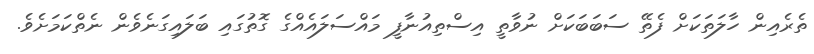
ތެރެއިން ހާލަތަކަށް ފެތޭ ސަބަބަކަށް ނުވާތީ އިސްތިއުނާފީ މައްސަލައެއްގެ ގޮތުގައި ބަލައިގަނެވެން ނެތްކަމަށެވެ.